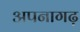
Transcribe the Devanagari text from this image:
अपनागढ़